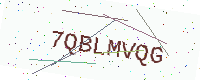
Text: 7QBLMVQG